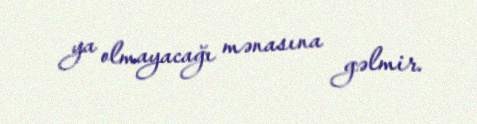
ya olmayacağı mənasına gəlmir.